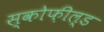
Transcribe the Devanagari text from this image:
स्कोफ़ील्ड